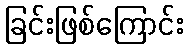
ခြင်းဖြစ်ကြောင်း